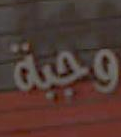
وجبة